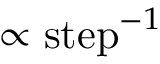
\propto \mathrm { s t e p } ^ { - 1 }